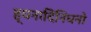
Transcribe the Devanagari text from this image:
ह्यनादिनिधनो